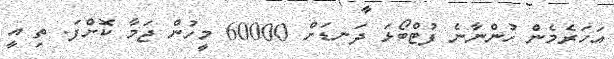
އަހަރެމެން ހުންނާނެ ފުޓްބޯޅަ ދަނޑަށް 60000 މީހުން ޖަމާ ކޮށްފަ. ތި އީ